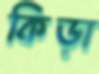
কিড়া